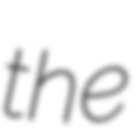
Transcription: the